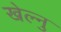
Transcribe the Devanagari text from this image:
खेल्नु